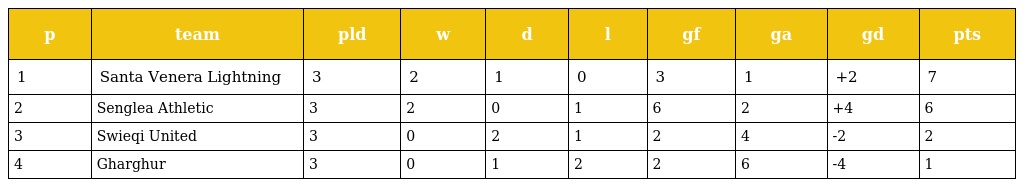
| p | team | pld | w | d | l | gf | ga | gd | pts |
 | --- | --- | --- | --- | --- | --- | --- | --- | --- | --- |
 | 1 | Santa Venera Lightning | 3 | 2 | 1 | 0 | 3 | 1 | +2 | 7 |
 | 2 | Senglea Athletic | 3 | 2 | 0 | 1 | 6 | 2 | +4 | 6 |
 | 3 | Swieqi United | 3 | 0 | 2 | 1 | 2 | 4 | -2 | 2 |
 | 4 | Gharghur | 3 | 0 | 1 | 2 | 2 | 6 | -4 | 1 |